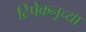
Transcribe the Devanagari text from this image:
टिपेकनूच्या